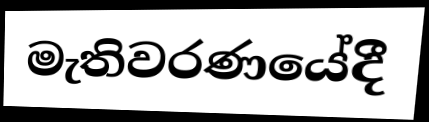
මැතිවරණයේදී